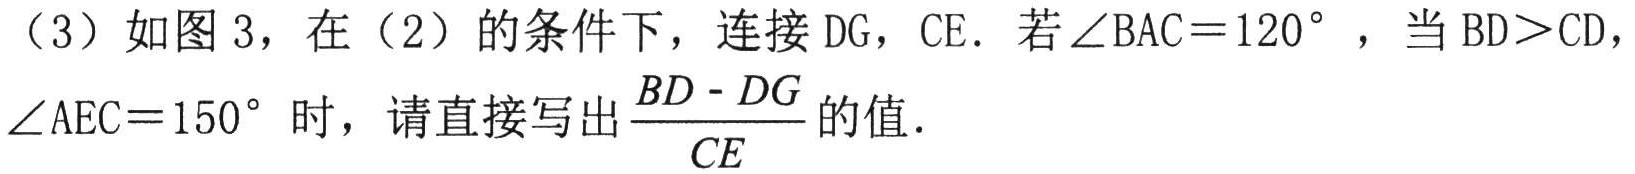
（3）如图3，在（2）的条件下，连接\(DG\)，\(CE\). 若\(\angle BAC = 120^{\circ}\)，当\(BD>CD\)，\(\angle AEC = 150^{\circ}\)时，请直接写出\(\frac{BD - DG}{CE}\)的值.